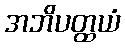
အဘိပတ္ထယံ